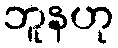
ဘူနဟု